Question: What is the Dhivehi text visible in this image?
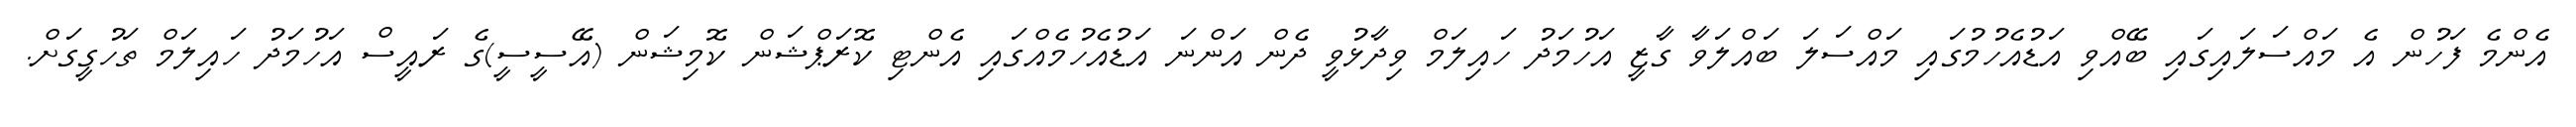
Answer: އެންމެ ފަހުން އެ މައްސަލައިގައި ބޭއްވި އަޑުއެހުމުގައި މައްސަލަ ބައްލަވާ ގާޒީ އަހުމަދު ހައިލަމް ވިދާޅުވީ ދެން އަންނަ އަޑުއެހުމެއްގައި އެންޓި ކޮރަޕްޝަން ކޮމިޝަން (އޭސީސީ)ގެ ރައީސް އަހުމަދު ހައިލަމް ތަހުގީގަށް.